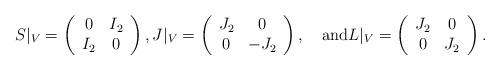
LaTeX: \begin{align*}S|_V=\left(\begin{array}{cc}0&I_2\\I_2&0\\\end{array}\right), J|_V=\left(\begin{array}{cc}J_2&0\\0&-J_2\\\end{array}\right), \quad\hbox{and}L|_V=\left(\begin{array}{cc}J_2&0\\0&J_2\\\end{array}\right).\end{align*}